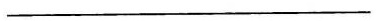
___